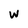
Character: w